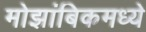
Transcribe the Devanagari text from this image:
मोझांबिकमध्ये